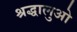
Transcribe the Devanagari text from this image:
श्रद्धालुओ